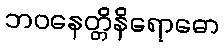
ဘဝနေတ္တိနိရောဓော